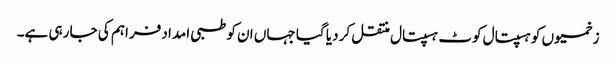
زخمیوں کو ہسپتال کوٹ ہسپتال منتقل کر دیا گیا جہاں ان کو طبی امداد فراہم کی جا رہی ہے۔